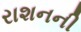
રાશનની